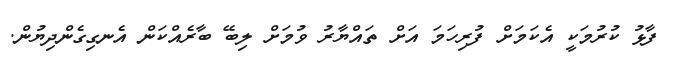
ފާޅު ކުރުމަކީ އެކަމަށް ފުރިހަމަ އަށް ތައްޔާރު ވުމަށް ލިބޭ ބާރެއްކަން އެނގިގެންދިޔުން.